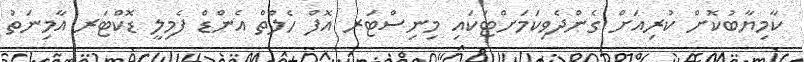
ކާމިޔާބުކޮށް ކުރިއަށް ގެންދެވިކަމަށްޓަކައި މިނިސްޓަރ އޮފް ހެލްތް އެންޑް ފެމިލީ ޑޮކްޓަރ އާމިނަތު